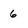
Character: 6